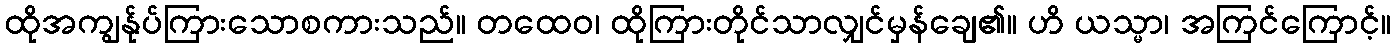
ထိုအကျွန်ုပ်ကြားသောစကားသည်။ တထေဝ၊ ထိုကြားတိုင်သာလျှင်မှန်ချေ၏။ ဟိ ယသ္မာ၊ အကြင်ကြောင့်။